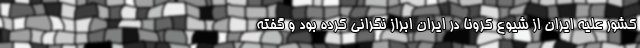
کشور علیه ایران از شیوع کرونا در ایران ابراز نگرانی کرده بود و گفته